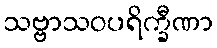
သဗ္ဗာသဝပရိက္ခီဏာ